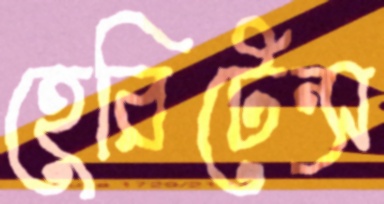
হেরিটেন্স